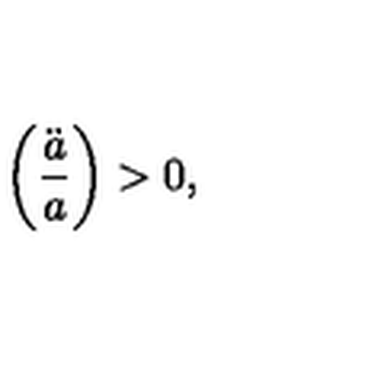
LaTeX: \left( \frac { \ddot { a } } { a } \right) > 0 ,